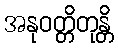
အနုဝတ္တိတုန္တိ